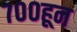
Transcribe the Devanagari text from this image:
७००हून